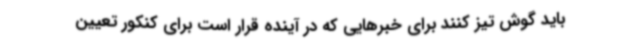
باید گوش تیز کنند برای خبرهایی که در آینده قرار است برای کنکور تعیین‌